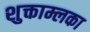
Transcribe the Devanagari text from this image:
शुक्ताम्लका